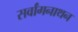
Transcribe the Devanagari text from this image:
सर्वांगनाथन